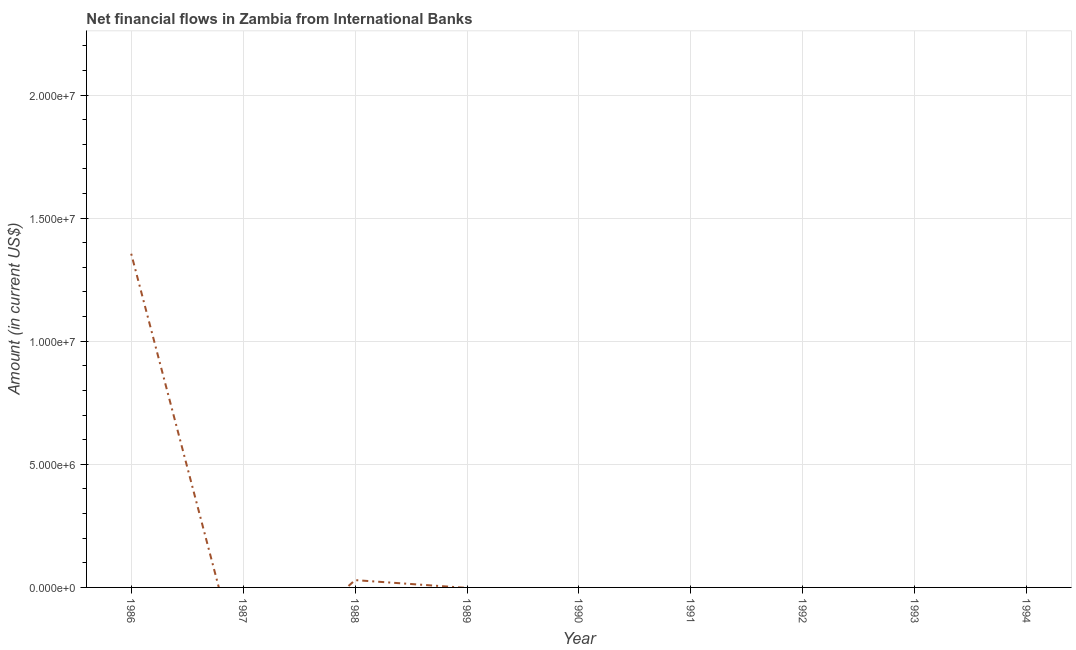
| Year | Net financial flows from IBRD |
 | --- | --- |
 | 1986 | 1.36e+07 |
 | 1987 | -3.76e+06 |
 | 1988 | 2.97e+05 |
 | 1989 | -2e+04 |
 | 1990 | -4.92e+06 |
 | 1991 | -1.68e+08 |
 | 1992 | -7.09e+07 |
 | 1993 | -5.14e+07 |
 | 1994 | -5.49e+07 |